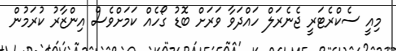
މިއީ ސެކްރެޓަރީ ޖެނެރަލް ހައްދަވާ ވަރަށް ބޮޑު ގޯހެއް ކަމަށްވެސް އިންޒާރު ކުރަމުން